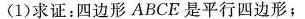
(1)求证：四边形ABCE是平行四边形；